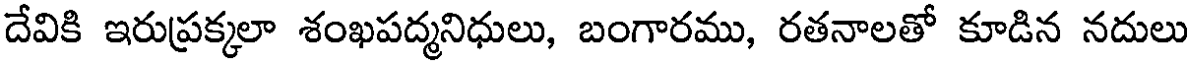
దేవికి ఇరుప్రక్కలా శంఖపద్మనిధులు, బంగారము, రతనాలతో కూడిన నదులు